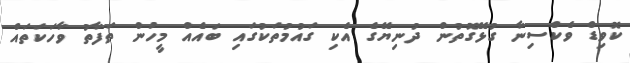
ކޮވިޑް ވެކްސިނާ ގުޅޭގޮތުން ދުނިޔޭގެ އެކި ގައުމުތަކުގައި ބައެއް މީހުން ތަފާތު ވާހަކަތައް